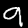
Digit: 9